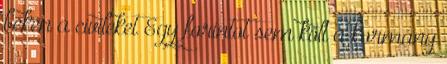
békén a civileket Egy forintot sem költ a kormány